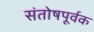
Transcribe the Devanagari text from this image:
संतोषपूर्वक